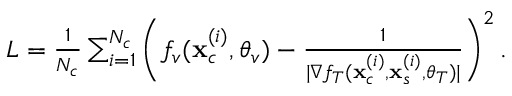
\begin{array} { r } { L = \frac { 1 } { N _ { c } } \sum _ { i = 1 } ^ { N _ { c } } \left( f _ { v } ( \mathbf { x } _ { c } ^ { ( i ) } , \boldsymbol { \theta } _ { v } ) - \frac { 1 } { | \nabla f _ { T } ( \mathbf { x } _ { c } ^ { ( i ) } , \mathbf { x } _ { s } ^ { ( i ) } , \boldsymbol { \theta } _ { T } ) | } \right) ^ { 2 } . } \end{array}